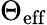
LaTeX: \Theta_{\mathrm{eff}}